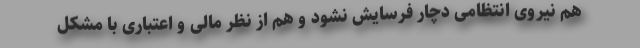
هم نیروی انتظامی دچار فرسایش نشود و هم از نظر مالی و اعتباری با مشکل